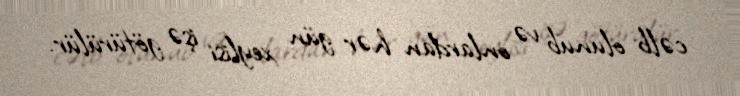
cəlb olunub və onlardan hər gün xeylisi işə götürülür.